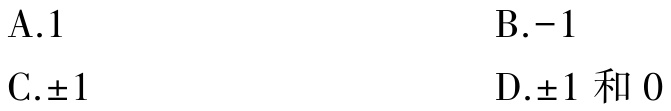
A.1  \quad B.-1
C.$\pm1$  \quad D.$\pm1$ 和 0